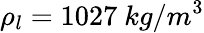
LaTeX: \rho_{l}=1027~kg/m^{3}